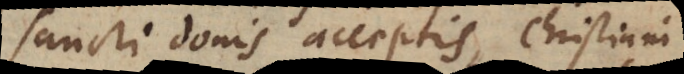
Sancti donis acceptis, Christiani